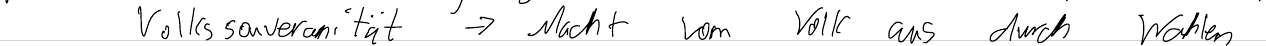
Volkssouveränität -> Macht vom Volk aus durch Wahlen